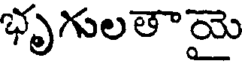
భృగులతాయై